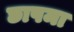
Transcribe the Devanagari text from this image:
छापमा